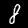
Digit: 8